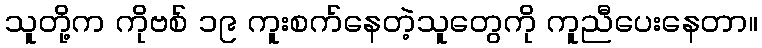
သူတို့က ကိုဗစ် ၁၉ ကူးစက်နေတဲ့သူတွေကို ကူညီပေးနေတာ။